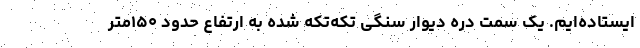
ایستاده‌ایم. یک سمت دره دیوار سنگی تکه‌تکه شده به ارتفاع حدود ۱۵۰متر